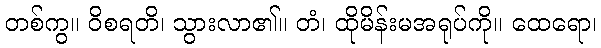
တစ်ကွ။ ဝိစရတိ၊ သွားလာ၏။ တံ၊ ထိုမိန်းမအရုပ်ကို။ ထေရော၊